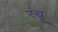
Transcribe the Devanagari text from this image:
स्वू